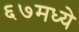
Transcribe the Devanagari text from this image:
६७मध्ये